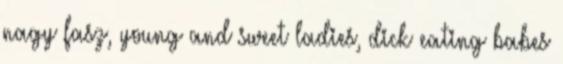
nagy fasz, young and sweet ladies, dick eating babes